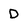
Character: D